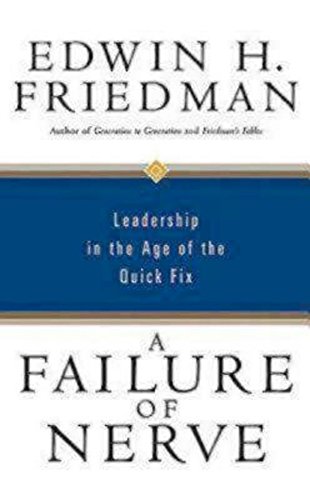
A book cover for A Failure of Nerve: Leadership in the Age of the Quick Fix; Edwin H. Friedman; Christian Books & Bibles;